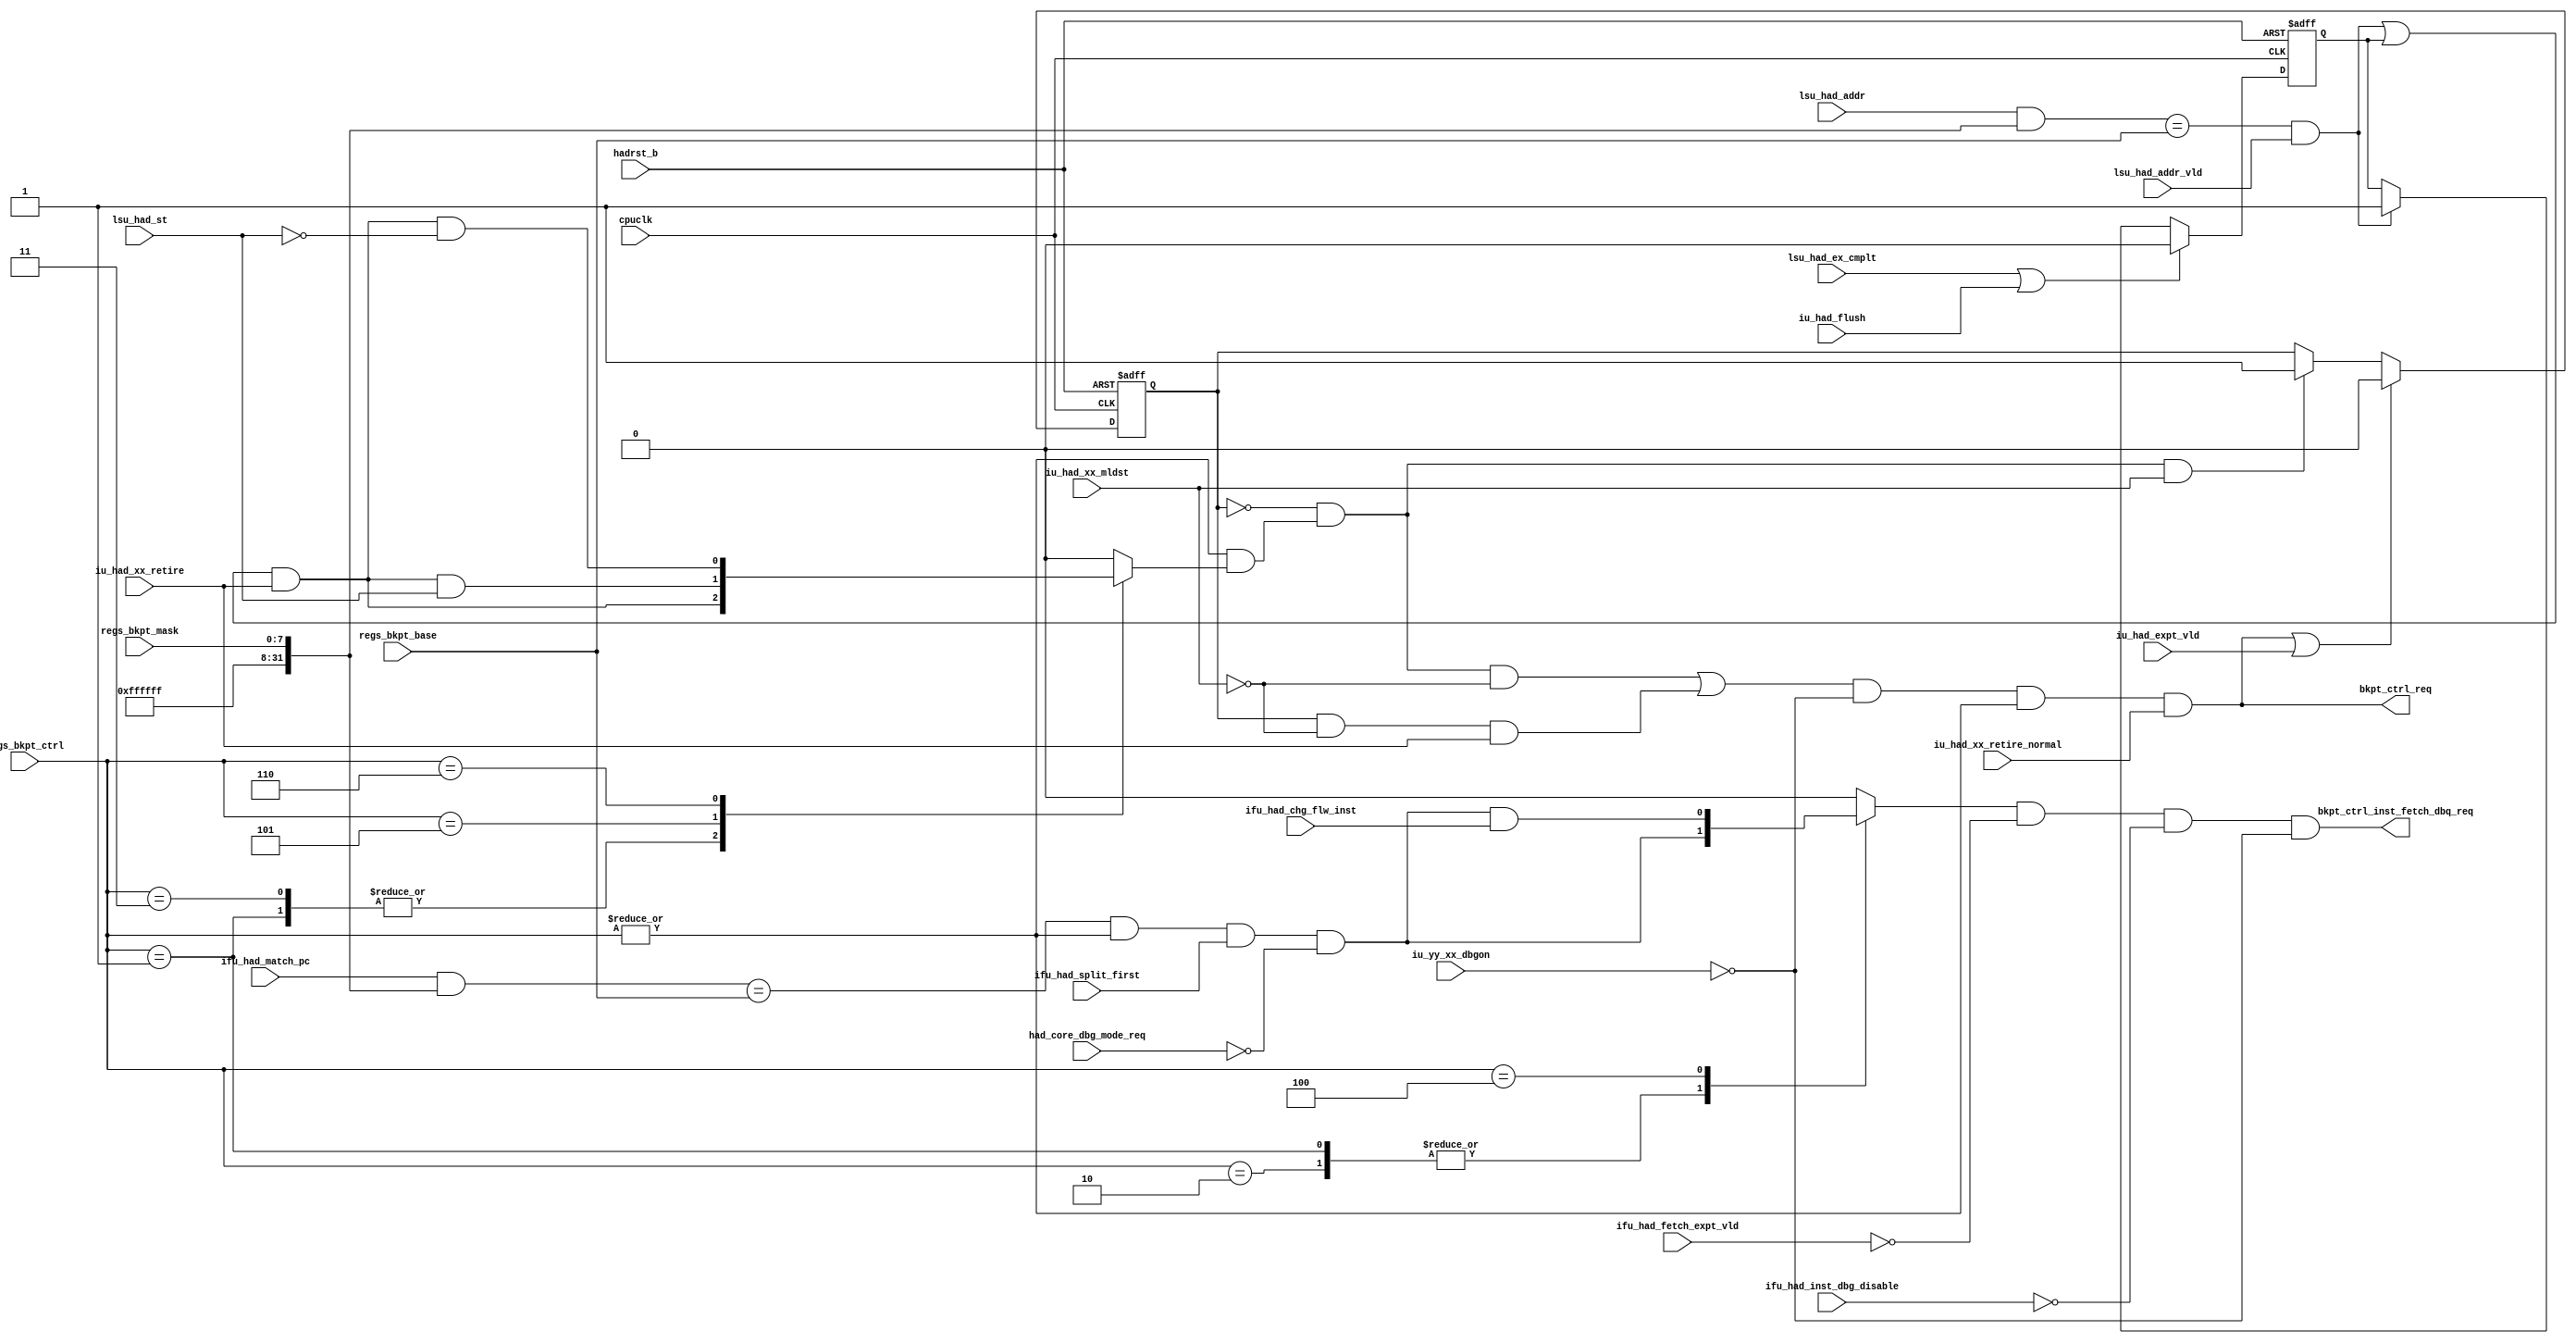
// This program was cloned from: https://github.com/T-head-Semi/opene902
// License: Apache License 2.0

/*Copyright 2018-2021 T-Head Semiconductor Co., Ltd.

Licensed under the Apache License, Version 2.0 (the "License");
you may not use this file except in compliance with the License.
You may obtain a copy of the License at

    http://www.apache.org/licenses/LICENSE-2.0

Unless required by applicable law or agreed to in writing, software
distributed under the License is distributed on an "AS IS" BASIS,
WITHOUT WARRANTIES OR CONDITIONS OF ANY KIND, either express or implied.
See the License for the specific language governing permissions and
limitations under the License.
*/

// &ModuleBeg; @23
module cr_had_bkpt(
  bkpt_ctrl_inst_fetch_dbq_req,
  bkpt_ctrl_req,
  cpuclk,
  had_core_dbg_mode_req,
  hadrst_b,
  ifu_had_chg_flw_inst,
  ifu_had_fetch_expt_vld,
  ifu_had_inst_dbg_disable,
  ifu_had_match_pc,
  ifu_had_split_first,
  iu_had_expt_vld,
  iu_had_flush,
  iu_had_xx_mldst,
  iu_had_xx_retire,
  iu_had_xx_retire_normal,
  iu_yy_xx_dbgon,
  lsu_had_addr,
  lsu_had_addr_vld,
  lsu_had_ex_cmplt,
  lsu_had_st,
  regs_bkpt_base,
  regs_bkpt_ctrl,
  regs_bkpt_mask
);

// &Ports; @24
input           cpuclk;                      
input           had_core_dbg_mode_req;       
input           hadrst_b;                    
input           ifu_had_chg_flw_inst;        
input           ifu_had_fetch_expt_vld;      
input           ifu_had_inst_dbg_disable;    
input   [31:0]  ifu_had_match_pc;            
input           ifu_had_split_first;         
input           iu_had_expt_vld;             
input           iu_had_flush;                
input           iu_had_xx_mldst;             
input           iu_had_xx_retire;            
input           iu_had_xx_retire_normal;     
input           iu_yy_xx_dbgon;              
input   [31:0]  lsu_had_addr;                
input           lsu_had_addr_vld;            
input           lsu_had_ex_cmplt;            
input           lsu_had_st;                  
input   [31:0]  regs_bkpt_base;              
input   [2 :0]  regs_bkpt_ctrl;              
input   [7 :0]  regs_bkpt_mask;              
output          bkpt_ctrl_inst_fetch_dbq_req; 
output          bkpt_ctrl_req;               

// &Regs; @25
reg             bkpt_counter;                
reg             data_bkpt_vld_pre;           
reg             inst_fetch_bkpt_vld;         
reg             lsu_had_addr_vld_latch;      

// &Wires; @26
wire            bkpt_ctrl_inst_fetch_dbq_req; 
wire            bkpt_ctrl_req;               
wire            bkpt_en;                     
wire            bkpt_expt_reset;             
wire            counter_neg_dbg_req;         
wire            cpuclk;                      
wire            data_addr_match;             
wire            data_bkpt_dbg_req;           
wire            data_bkpt_match;             
wire            data_bkpt_match_vld;         
wire            data_bkpt_occur;             
wire            data_bkpt_vld;               
wire            had_core_dbg_mode_req;       
wire            hadrst_b;                    
wire            ifu_had_chg_flw_inst;        
wire            ifu_had_fetch_expt_vld;      
wire            ifu_had_inst_dbg_disable;    
wire    [31:0]  ifu_had_match_pc;            
wire            ifu_had_split_first;         
wire            inst_fetch_addr_match;       
wire            inst_fetch_bkpt_hit;         
wire            iu_had_expt_vld;             
wire            iu_had_flush;                
wire            iu_had_xx_mldst;             
wire            iu_had_xx_retire;            
wire            iu_had_xx_retire_normal;     
wire            iu_yy_xx_dbgon;              
wire    [31:0]  lsu_had_addr;                
wire            lsu_had_addr_vld;            
wire            lsu_had_ex_cmplt;            
wire            lsu_had_st;                  
wire    [31:0]  regs_bkpt_base;              
wire    [2 :0]  regs_bkpt_ctrl;              
wire    [7 :0]  regs_bkpt_mask;              


//==============================================================================
// memory bkpt enable condition (AND):
// 1. BC bits in HCR doesn't forbid memory bkpt;
// 2. CPUSCR CSR FDB bit is set.
//==============================================================================

assign bkpt_en = |regs_bkpt_ctrl[2:0];

//==============================================================================
// data bkpt occur condition (AND):
// 1. data address match
// 2. address from LSU is valid
//==============================================================================

assign data_addr_match = ((lsu_had_addr[31:0] & {24'hFF_FFFF,regs_bkpt_mask[7:0]})
                           == regs_bkpt_base[31:0]);

assign data_bkpt_match     = data_addr_match;
assign data_bkpt_match_vld = data_bkpt_match && lsu_had_addr_vld;

//when fast retire, data_bkpt_match_vld is 1'b1 when retire
//when no fast retire, the data_bkpt_match_vld is latched
assign data_bkpt_occur = (data_bkpt_match_vld || lsu_had_addr_vld_latch) &&
                         iu_had_xx_retire;

always @(posedge cpuclk or negedge hadrst_b)
begin
  if (!hadrst_b)
    lsu_had_addr_vld_latch <= 1'b0;
  else if (lsu_had_ex_cmplt || iu_had_flush)
    lsu_had_addr_vld_latch <= 1'b0;
  else if (data_bkpt_match_vld)
    lsu_had_addr_vld_latch <= 1'b1;
  else
    lsu_had_addr_vld_latch <= lsu_had_addr_vld_latch;
end


//==============================================================================
// inst bkpt occur condition (AND):
// 1. inst retire address match
// 2. memory bkpt is enabled;
// 3. the current instruction in EX stage is retiring normally.
//==============================================================================

//assign inst_addr_match = ((iu_had_match_pc[31:0] & {24'hFF_FFFF, regs_bkpt_mask[7:0]})
//                             == regs_bkpt_base[31:0]);

//the inst bkpt hit and dbq req is judged in IF stage
assign inst_fetch_addr_match = ((ifu_had_match_pc[31:0]
                                 & {24'hFF_FFFF, regs_bkpt_mask[7:0]}
                                ) == regs_bkpt_base[31:0]
                               ); 

assign inst_fetch_bkpt_hit = inst_fetch_addr_match
                             && bkpt_en
                             && ifu_had_split_first
                             && !had_core_dbg_mode_req;

//assign had_ifu_inst_bkpt_hit_vld = inst_fetch_bkpt_vld
//                                   && !bkpt_counter_req_en;
//
////when inst bkpt hit and the counter is certain value, the bkpt will be
////triggled
//assign bkpt_ctrl_inst_fetch_dbq_req = inst_fetch_bkpt_vld
//                                      && bkpt_counter_req_en
//                                      && !ifu_had_fetch_expt_vld
//                                      && !ifu_had_inst_dbg_disable
//                                      && !iu_yy_xx_dbgon;
//
//assign bkpt_counter_req_en = bkpt_counter_eq_0
//                          || bkpt_counter_eq_1 && bkpt_counter_dec_1
//                          || bkpt_counter_eq_2 && bkpt_counter_dec_2;
//
//
////the inst bkpt counter dec is judged when inst retire
////when iu_had_inst_bkpt_hit is asserted, it means no inst fetch expt and no
////mldst inst, and the fetch addr in IF hit bkpt
//assign inst_addr_match = iu_had_inst_bkpt_hit; 
//
//assign inst_bkpt_occur = inst_addr_match
//                         && iu_had_xx_retire;
////==============================================================================
//// memory bkpt is controlled by BC bits in access property
////==============================================================================
////the inst bkpt is judge in IF, and when the inst is retired, the only job is 
////reduce the counter
//assign inst_bkpt_vld = inst_bkpt_occur;

// &CombBeg; @117
always @( regs_bkpt_ctrl[2:0]
       or ifu_had_chg_flw_inst
       or inst_fetch_bkpt_hit
       or data_bkpt_occur
       or lsu_had_st)
begin
  inst_fetch_bkpt_vld = 1'b0;
  data_bkpt_vld_pre = 1'b0;
  case (regs_bkpt_ctrl[2:0])
    3'b001: begin     // any access may cause bkpt
      inst_fetch_bkpt_vld = inst_fetch_bkpt_hit;
      data_bkpt_vld_pre = data_bkpt_occur;
    end
    3'b010:           // any instruction access may cause bkpt
      inst_fetch_bkpt_vld = inst_fetch_bkpt_hit;
    3'b011:           // any data access may cause bkpt
      data_bkpt_vld_pre = data_bkpt_occur;
    3'b100:           // any change flow instruction may casue bkpt 
      inst_fetch_bkpt_vld = inst_fetch_bkpt_hit && ifu_had_chg_flw_inst;
    3'b101:           // any store data access may cause bkpt
      data_bkpt_vld_pre = data_bkpt_occur && lsu_had_st;
    3'b110:           // any load data access may cause bkpt
      data_bkpt_vld_pre = data_bkpt_occur && !lsu_had_st;
    default: begin
      inst_fetch_bkpt_vld = 1'b0;
      data_bkpt_vld_pre = 1'b0;
    end
  endcase
// &CombEnd; @140
end

assign data_bkpt_vld = bkpt_en && data_bkpt_vld_pre;
assign bkpt_ctrl_inst_fetch_dbq_req = inst_fetch_bkpt_vld
                                  && !ifu_had_fetch_expt_vld
                                  && !ifu_had_inst_dbg_disable
                                  && !iu_yy_xx_dbgon;

assign bkpt_expt_reset = iu_had_expt_vld;
 
//the counter to record the bkpt hit when split
always @(posedge cpuclk or negedge hadrst_b)
begin
  if(!hadrst_b)
    bkpt_counter <= 1'b0;
  else if (bkpt_ctrl_req || bkpt_expt_reset)
    bkpt_counter <= 1'b0;
  else if (!bkpt_counter && data_bkpt_vld && iu_had_xx_mldst)
    bkpt_counter <= 1'b1;
  else
    bkpt_counter <= bkpt_counter;
end

assign data_bkpt_dbg_req   = !bkpt_counter && data_bkpt_vld && !iu_had_xx_mldst;

assign counter_neg_dbg_req = bkpt_counter  && !iu_had_xx_mldst
                          && iu_had_xx_retire;

// &Force("output","bkpt_ctrl_req"); @168
assign bkpt_ctrl_req =   (data_bkpt_dbg_req || counter_neg_dbg_req)
                      && !iu_yy_xx_dbgon
                      && bkpt_en
                      && iu_had_xx_retire_normal;

// &ModuleEnd; @174
endmodule